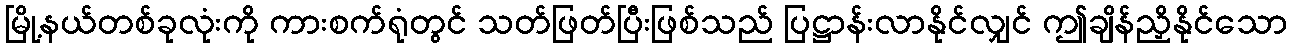
မြို့နယ်တစ်ခုလုံးကို ကားစက်ရုံတွင် သတ်ဖြတ်ပြီးဖြစ်သည် ပြဋ္ဌာန်းလာနိုင်လျှင် ဤချိန်ညှိနိုင်သော